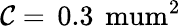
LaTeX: \mathcal{C}=\, \mathrm{0.3\, \ mum^{2}}